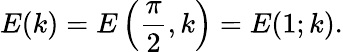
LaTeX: E(k)=E\left({\frac{\pi}{2}},k\right)=E(1;k).